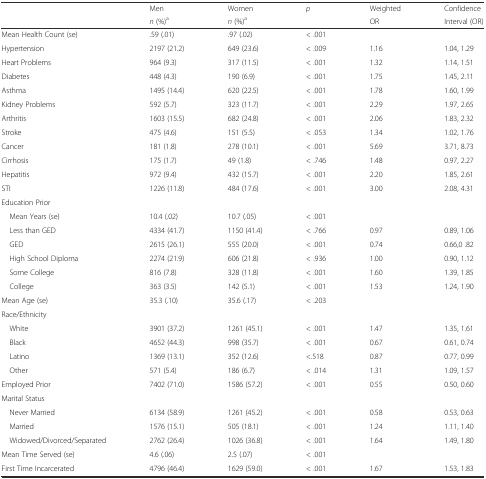
<table><thead><tr><td></td><td><b>Men</b></td><td><b>Women</b></td><td><b><i>p</i></b></td><td><b>Weighted</b></td><td><b>Confidence</b></td></tr><tr><td></td><td><b><i>n</i> (%)<sup>a</sup></b></td><td><b><i>n</i> (%)<sup>a</sup></b></td><td></td><td><b>OR</b></td><td><b>Interval (OR)</b></td></tr></thead><tbody><tr><td>Mean Health Count (se)</td><td>.59 (.01)</td><td>.97 (.02)</td><td>&lt; .001</td><td></td><td></td></tr><tr><td>Hypertension</td><td>2197 (21.2)</td><td>649 (23.6)</td><td>&lt; .009</td><td>1.16</td><td>1.04, 1.29</td></tr><tr><td>Heart Problems</td><td>964 (9.3)</td><td>317 (11.5)</td><td>&lt; .001</td><td>1.32</td><td>1.14, 1.51</td></tr><tr><td>Diabetes</td><td>448 (4.3)</td><td>190 (6.9)</td><td>&lt; .001</td><td>1.75</td><td>1.45, 2.11</td></tr><tr><td>Asthma</td><td>1495 (14.4)</td><td>620 (22.5)</td><td>&lt; .001</td><td>1.78</td><td>1.60, 1.99</td></tr><tr><td>Kidney Problems</td><td>592 (5.7)</td><td>323 (11.7)</td><td>&lt; .001</td><td>2.29</td><td>1.97, 2.65</td></tr><tr><td>Arthritis</td><td>1603 (15.5)</td><td>682 (24.8)</td><td>&lt; .001</td><td>2.06</td><td>1.83, 2.32</td></tr><tr><td>Stroke</td><td>475 (4.6)</td><td>151 (5.5)</td><td>&lt; .053</td><td>1.34</td><td>1.02, 1.76</td></tr><tr><td>Cancer</td><td>181 (1.8)</td><td>278 (10.1)</td><td>&lt; .001</td><td>5.69</td><td>3.71, 8.73</td></tr><tr><td>Cirrhosis</td><td>175 (1.7)</td><td>49 (1.8)</td><td>&lt; .746</td><td>1.48</td><td>0.97, 2.27</td></tr><tr><td>Hepatitis</td><td>972 (9.4)</td><td>432 (15.7)</td><td>&lt; .001</td><td>2.20</td><td>1.85, 2.61</td></tr><tr><td>STI</td><td>1226 (11.8)</td><td>484 (17.6)</td><td>&lt; .001</td><td>3.00</td><td>2.08, 4.31</td></tr><tr><td colspan="6">Education Prior</td></tr><tr><td> Mean Years (se)</td><td>10.4 (.02)</td><td>10.7 (.05)</td><td>&lt; .001</td><td></td><td></td></tr><tr><td> Less than GED</td><td>4334 (41.7)</td><td>1150 (41.4)</td><td>&lt; .766</td><td>0.97</td><td>0.89, 1.06</td></tr><tr><td> GED</td><td>2615 (26.1)</td><td>555 (20.0)</td><td>&lt; .001</td><td>0.74</td><td>0.66,0 .82</td></tr><tr><td> High School Diploma</td><td>2274 (21.9)</td><td>606 (21.8)</td><td>&lt; .936</td><td>1.00</td><td>0.90, 1.12</td></tr><tr><td> Some College</td><td>816 (7.8)</td><td>328 (11.8)</td><td>&lt; .001</td><td>1.60</td><td>1.39, 1.85</td></tr><tr><td> College</td><td>363 (3.5)</td><td>142 (5.1)</td><td>&lt; .001</td><td>1.53</td><td>1.24, 1.90</td></tr><tr><td>Mean Age (se)</td><td>35.3 (.10)</td><td>35.6 (.17)</td><td>&lt; .203</td><td></td><td></td></tr><tr><td colspan="6">Race/Ethnicity</td></tr><tr><td> White</td><td>3901 (37.2)</td><td>1261 (45.1)</td><td>&lt; .001</td><td>1.47</td><td>1.35, 1.61</td></tr><tr><td> Black</td><td>4652 (44.3)</td><td>998 (35.7)</td><td>&lt; .001</td><td>0.67</td><td>0.61, 0.74</td></tr><tr><td> Latino</td><td>1369 (13.1)</td><td>352 (12.6)</td><td>&lt;.518</td><td>0.87</td><td>0.77, 0.99</td></tr><tr><td> Other</td><td>571 (5.4)</td><td>186 (6.7)</td><td>&lt; .014</td><td>1.31</td><td>1.09, 1.57</td></tr><tr><td>Employed Prior</td><td>7402 (71.0)</td><td>1586 (57.2)</td><td>&lt; .001</td><td>0.55</td><td>0.50, 0.60</td></tr><tr><td colspan="6">Marital Status</td></tr><tr><td> Never Married</td><td>6134 (58.9)</td><td>1261 (45.2)</td><td>&lt; .001</td><td>0.58</td><td>0.53, 0.63</td></tr><tr><td> Married</td><td>1576 (15.1)</td><td>505 (18.1)</td><td>&lt; .001</td><td>1.24</td><td>1.11, 1.40</td></tr><tr><td> Widowed/Divorced/Separated</td><td>2762 (26.4)</td><td>1026 (36.8)</td><td>&lt; .001</td><td>1.64</td><td>1.49, 1.80</td></tr><tr><td>Mean Time Served (se)</td><td>4.6 (.06)</td><td>2.5 (.07)</td><td>&lt; .001</td><td></td><td></td></tr><tr><td>First Time Incarcerated</td><td>4796 (46.4)</td><td>1629 (59.0)</td><td>&lt; .001</td><td>1.67</td><td>1.53, 1.83</td></tr></tbody></table>